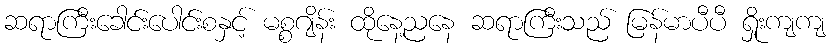
ဆရာကြီးခေါင်းပေါင်းစနှင့် မစ္စဂျိန်း ထိုနေ့ညနေ ဆရာကြီးသည် မြန်မာပီပီ ရှိုးကျကျ